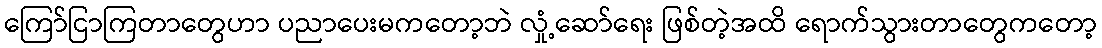
ကြော်ငြာကြတာတွေဟာ ပညာပေးမကတော့ဘဲ လှုံ့ဆော်ရေး ဖြစ်တဲ့အထိ ရောက်သွားတာတွေကတော့